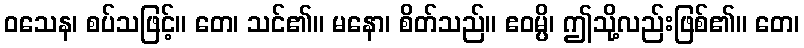
ဝသေန၊ စပ်သဖြင့်။ တေ၊ သင်၏။ မနော၊ စိတ်သည်။ ဧဝမ္ပိ၊ ဤသို့လည်းဖြစ်၏။ တေ၊